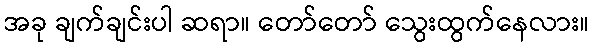
အခု ချက်ချင်းပါ ဆရာ။ တော်တော် သွေးထွက်နေလား။